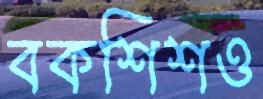
বকশিশও